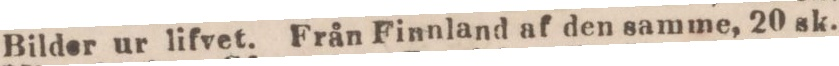
Bilder ur lifvet. Från Finnland af den samme, 20 sk.